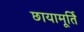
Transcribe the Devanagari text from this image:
छायामूर्ति